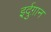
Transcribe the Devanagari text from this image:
इर्दुग़ान